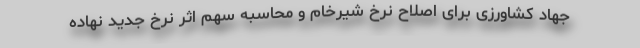
جهاد کشاورزی برای اصلاح نرخ شیرخام و محاسبه سهم اثر نرخ جدید نهاده